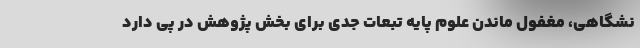
نشگاهی، مغفول ماندن علوم پایه تبعات جدی برای بخش پژوهش در پی دارد